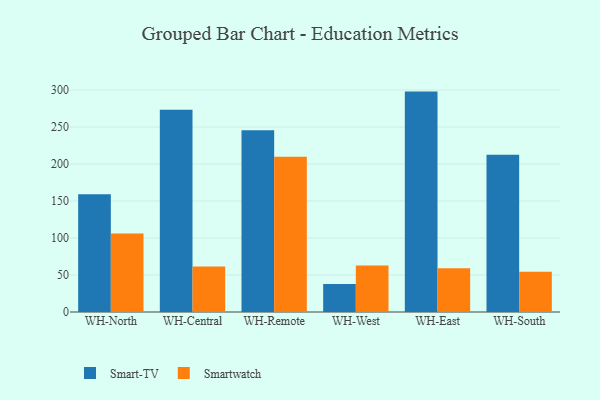
{"axis": {"x": "Warehouse", "y": "Net Income (USD K)"}, "legend": ["Smart-TV", "Smartwatch"], "data": [{"x": "WH-North", "y": 159.1, "type": "Smart-TV"}, {"x": "WH-North", "y": 106.2, "type": "Smartwatch"}, {"x": "WH-Central", "y": 273.3, "type": "Smart-TV"}, {"x": "WH-Central", "y": 61.4, "type": "Smartwatch"}, {"x": "WH-Remote", "y": 245.8, "type": "Smart-TV"}, {"x": "WH-Remote", "y": 210.0, "type": "Smartwatch"}, {"x": "WH-West", "y": 37.7, "type": "Smart-TV"}, {"x": "WH-West", "y": 63.0, "type": "Smartwatch"}, {"x": "WH-East", "y": 297.9, "type": "Smart-TV"}, {"x": "WH-East", "y": 59.0, "type": "Smartwatch"}, {"x": "WH-South", "y": 212.5, "type": "Smart-TV"}, {"x": "WH-South", "y": 54.5, "type": "Smartwatch"}]}